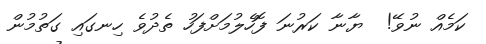
ކަމެއް ނުވޭ!  ޔާނާ ކަރުނަ ފޮހެލުމަށްފަހު ތެދުވެ ހިނގައި ގަތުމުން